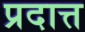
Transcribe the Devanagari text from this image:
प्रदात्त